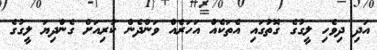
އަދި ދިވެހި ލީގުގެ ގޮތުގައި އެތަކެއް އަހަރެއް ވަންދެން ކުރިއަށް ގެންދިޔަ ލީގުގެ